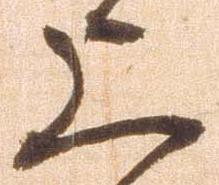
上